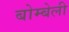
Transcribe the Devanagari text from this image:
बोम्बेली